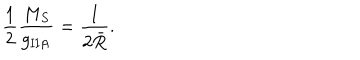
LaTeX: { \frac { 1 } { 2 } } { \frac { M _ { S } } { g _ { \mathrm { I I A } } ^ { } } } = { \frac { 1 } { 2 \bar { R } } } .